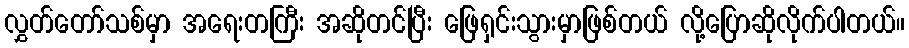
လွှတ်တော်သစ်မှာ အရေးတကြီး အဆိုတင်ပြီး ဖြေရှင်းသွားမှာဖြစ်တယ် လို့ပြောဆိုလိုက်ပါတယ်။